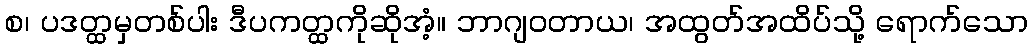
စ၊ ပဒတ္ထမှတစ်ပါး ဒီပကတ္ထကိုဆိုအံ့။ ဘာဂျဝတာယ၊ အထွတ်အထိပ်သို့ ရောက်သော